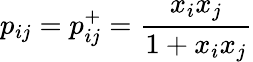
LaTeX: p_{ij}=p_{ij}^{+}=\frac{x_{i}x_{j}}{1+x_{i}x_{j}}